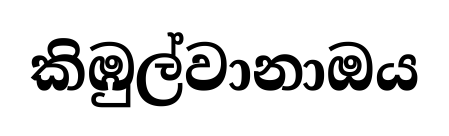
කිඹුල්වානාඔය